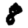
Digit: 8